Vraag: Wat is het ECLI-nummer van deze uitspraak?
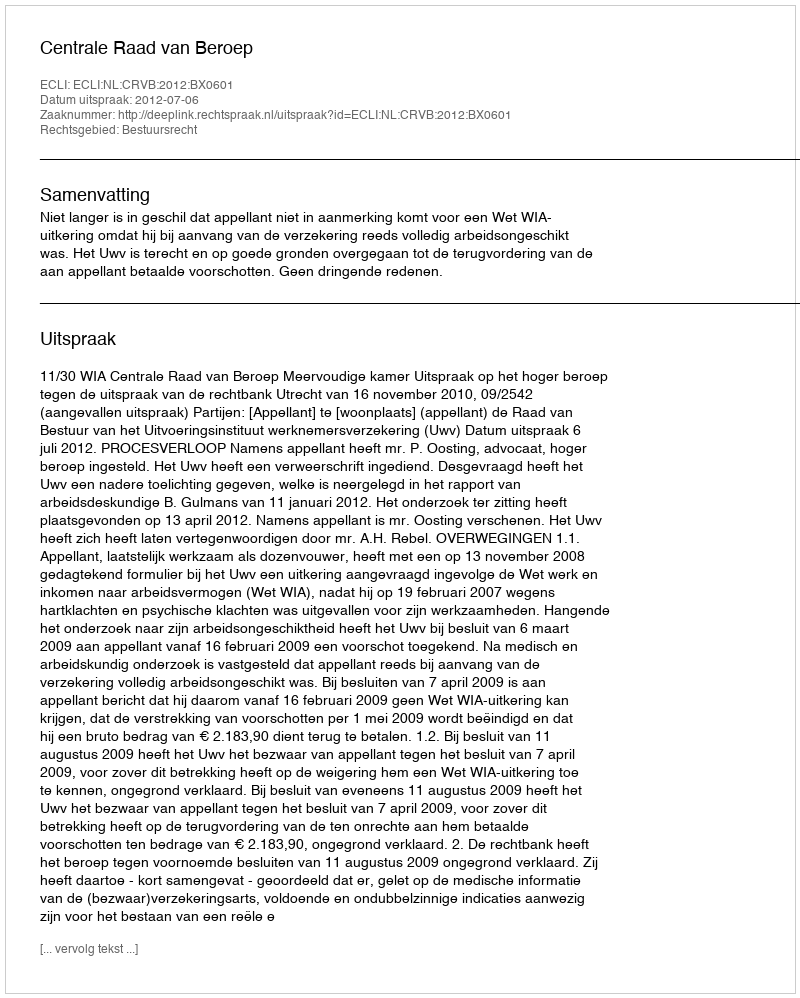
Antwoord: ECLI:NL:CRVB:2012:BX0601